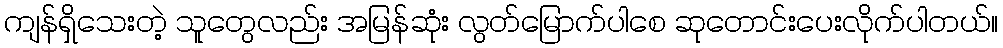
ကျန်ရှိသေးတဲ့ သူတွေလည်း အမြန်ဆုံး လွတ်မြောက်ပါစေ ဆုတောင်းပေးလိုက်ပါတယ်။